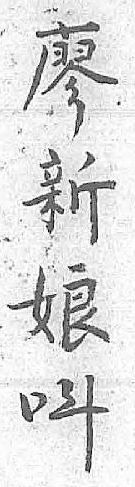
廖呌新 娘